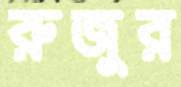
রুজুর